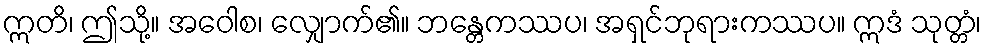
ဣတိ၊ ဤသို့။ အဝေါစ၊ လျှောက်၏။ ဘန္တေကဿပ၊ အရှင်ဘုရားကဿပ။ ဣဒံ သုတ္တံ၊